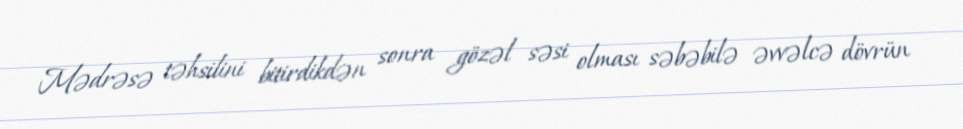
Mədrəsə təhsilini bitirdikdən sonra gözəl səsi olması səbəbilə əvvəlcə dövrün